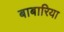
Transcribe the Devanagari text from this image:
बाबारिया